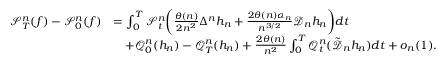
\begin{array} { r l } { \mathscr { S } _ { T } ^ { n } ( f ) - \mathscr { S } _ { 0 } ^ { n } ( f ) } & { = \int _ { 0 } ^ { T } \mathscr { S } _ { t } ^ { n } \bigg ( \frac { \theta ( n ) } { 2 n ^ { 2 } } \Delta ^ { n } h _ { n } + \frac { 2 \theta ( n ) \alpha _ { n } } { n ^ { 3 / 2 } } \mathscr { D } _ { n } h _ { n } \bigg ) d t } \\ & { \quad + \mathscr { Q } _ { 0 } ^ { n } ( h _ { n } ) - \mathscr { Q } _ { T } ^ { n } ( h _ { n } ) + \frac { 2 \theta ( n ) } { n ^ { 2 } } \int _ { 0 } ^ { T } \mathscr { Q } _ { t } ^ { n } ( \tilde { \mathscr { D } } _ { n } h _ { n } ) d t + o _ { n } ( 1 ) . } \end{array}